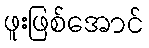
ဖူးဖြစ်အောင်